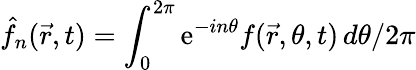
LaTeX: \hat{f}_{n}(\vec{r},t)=\int_{0}^{2\pi}\mathrm{e}^{-in\theta}f(\vec{r},\theta,t)\, d\theta/2\pi